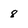
Character: 8